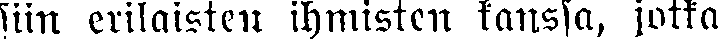
siin erilaisten ihmisten kanssa, jotka